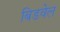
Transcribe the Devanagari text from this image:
बिडवेल